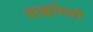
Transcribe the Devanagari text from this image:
बार्झाग्ली